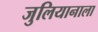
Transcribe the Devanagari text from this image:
जुलियानाला